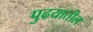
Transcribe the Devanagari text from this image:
पुढयातील